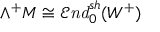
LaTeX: \wedge ^ { + } M \cong { \mathcal { E } } { \mathit { n d } } _ { 0 } ^ { s h } ( W ^ { + } )